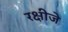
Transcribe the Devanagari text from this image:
रक्षीजे